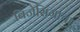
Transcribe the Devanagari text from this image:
बिजेसिंगाचा